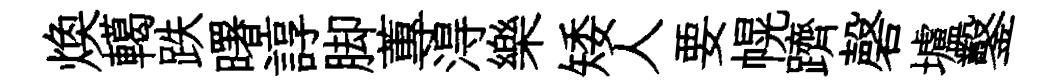
焕轕跌曙諄脚蓴淂樂矮人要幌躋磬壚鑿